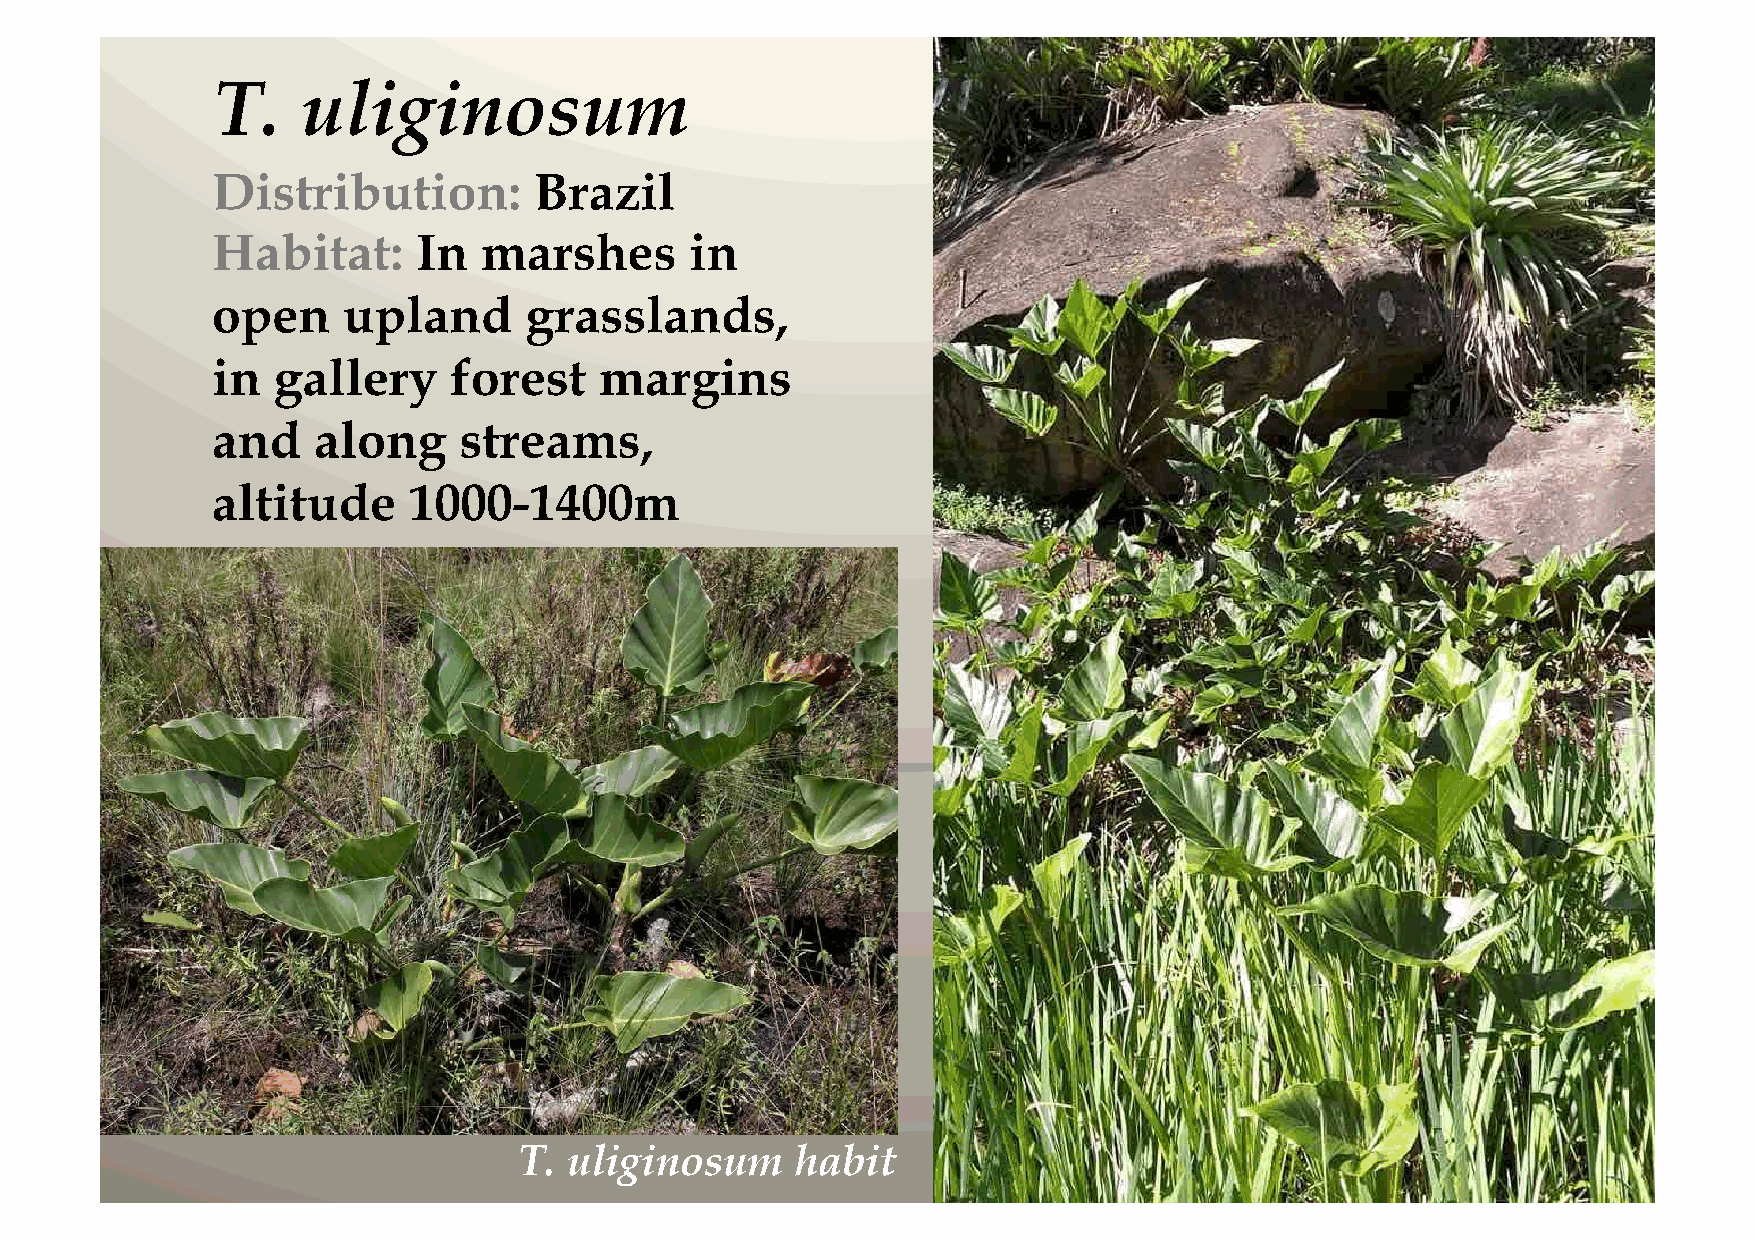
T.    uliginosum
 Distribution:        Brazil
 Habitat:      In  marshes       in
 open     upland      grasslands,
 in  gallery     forest    margins
 and    along    streams,
 altitude     1000-1400m
 T.  uliginosum     habit